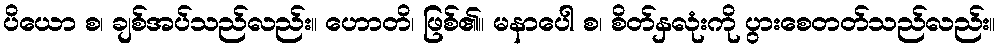
ပိယော စ၊ ချစ်အပ်သည်လည်း။ ဟောတိ၊ ဖြစ်၏။ မနာပေါ စ၊ စိတ်နှလုံးကို ပွားစေတတ်သည်လည်း။